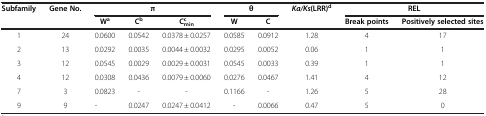
| Subfamily | Gene No. | <COLSPAN=3> π | <COLSPAN=2> θ | Ka/Ks(LRR)d | <COLSPAN=2> REL |
 |  |  | Wa | Cb | Cminc | W | C |  | Break points | Positively selected sites |
 | --- | --- | --- | --- | --- | --- | --- | --- | --- | --- |
 | 1 | 24 | 0.0600 | 0.0542 | 0.0378 ± 0.0257 | 0.0585 | 0.0912 | 1.28 | 4 | 17 |
 | 2 | 13 | 0.0292 | 0.0035 | 0.0044 ± 0.0032 | 0.0295 | 0.0052 | 0.06 | 1 | 1 |
 | 3 | 12 | 0.0545 | 0.0029 | 0.0029 ± 0.0031 | 0.0545 | 0.0033 | 0.39 | 1 | 1 |
 | 4 | 12 | 0.0308 | 0.0436 | 0.0079 ± 0.0060 | 0.0276 | 0.0467 | 1.41 | 4 | 12 |
 | 7 | 3 | 0.0823 | - | - | 0.1166 | - | 1.26 | 5 | 28 |
 | 9 | 9 | - | 0.0247 | 0.0247 ± 0.0412 | - | 0.0066 | 0.47 | 5 | 0 |